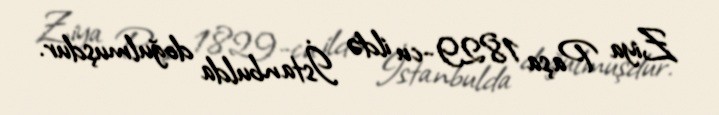
Ziya Paşa 1829-cu ildə İstanbulda doğulmuşdur.